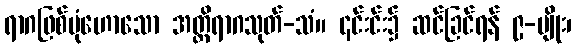
ရာဂဖြစ်ပုံဟောသော အတ္တိရာဂသုတ်-သံ။ ၎င်းင်း၌ ဆင်ခြင်ရန် ၉-မျိုး၊